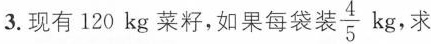
3.现有120kg菜籽，如果每袋装\frac{4}{5}kg，求